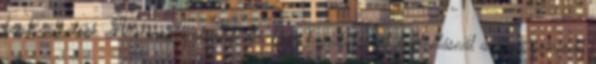
kombinálhatóak. Általánosan elmondható, hogy hajritkulásnál, hajhullásnál a piros színkódú